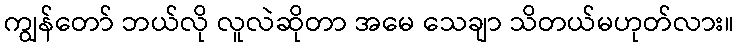
ကျွန်တော် ဘယ်လို လူလဲဆိုတာ အမေ သေချာ သိတယ်မဟုတ်လား။